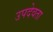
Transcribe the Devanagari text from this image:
उपदेवता